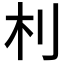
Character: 𣏀